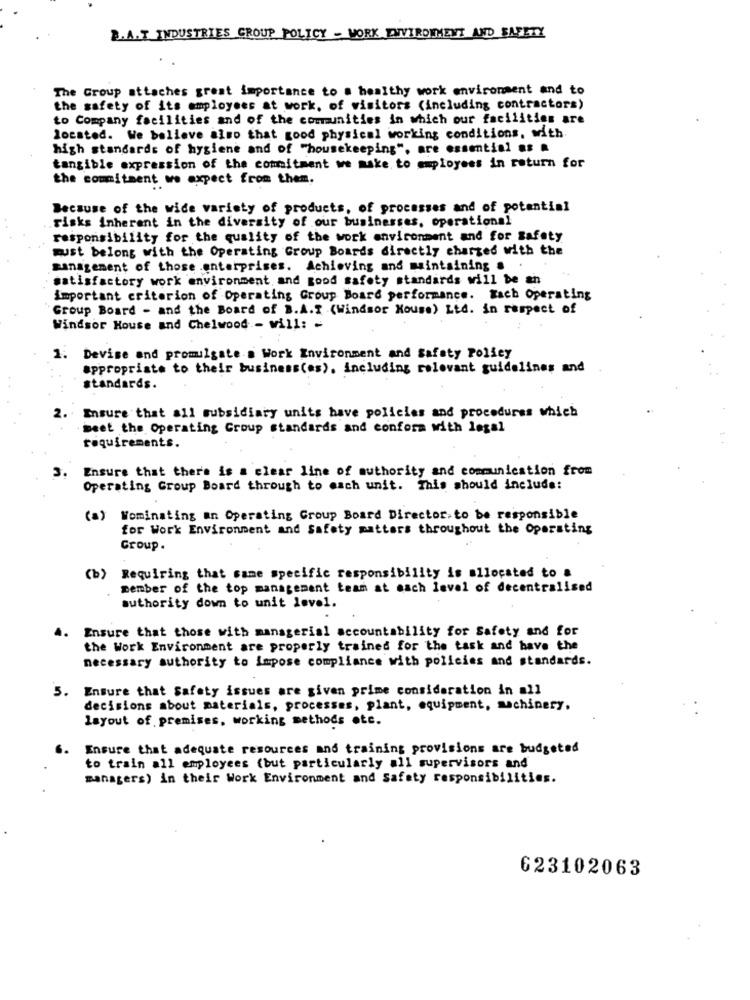
B.A.T. INDUSTRIES GROUP POLICY - WORK ENVIRONMENT AND SAFETY
The Group attaches great importance to # healthy work environment and to
the safety of its employees at work, of visitors (including contractors)
to Company facilities and of the communities in which our facilities are
located. We believe also that good physical working conditions, with.
high standards of hygiene and of "housekeeping", are essential as .
tangible expression of the commitment we make to employees in return for
the commitment we expect from them.
Because of the wide variety of products, of processes and of potential
risks inherent in the diversity of our businesses, operational
responsibility for the quality of the work environment and for safety
must belong with the Operating Group Boards directly charged with the
management of those enterprises. Achieving and maintaining a
satisfactory work environment, and good safety standards will be an
important criterion of Operating Group Board performance. Each Operating
Group Board - and the Board of B.A.T .(Windsor House) Ltd. in respect of
Windsor House and Chelwood - will: -
1. Devise and promulgate a Work Environment and Safety Policy
appropriate to their business(es), including relevant guidelines and
standards.
2.
Ensure that all subsidiary units have policies and procedures which
meet the Operating Group standards and conform with legal
requirements.
3.
Ensure that there is a clear line of authority and communication from
Operating Group Board through to each unit. This should include:
(a) Nominating an Operating Croup Board Director.to be responsible
for Work Environment and Safety matters throughout the Operating
Group.
(b) Requiring that same specific responsibility is allocated to a
member of the top management team at each level of decentralised
authority down to unit level.
4. Ensure that those with managerial accountability for Safety and for
the Work Environment are properly trained for the task and have the
necessary authority to Impose compliance with policies and standards.
5.
Ensure that Safety issues are given prime consideration in all
decisions about materials, processes, plant, equipment, machinery.
layout of premises, working methods ote.
6.
Ensure that adequate resources and training provisions are budgeted
to train all employees (but particularly all supervisors and
managers) in their Work Environment and Safety responsibilities.
623102063